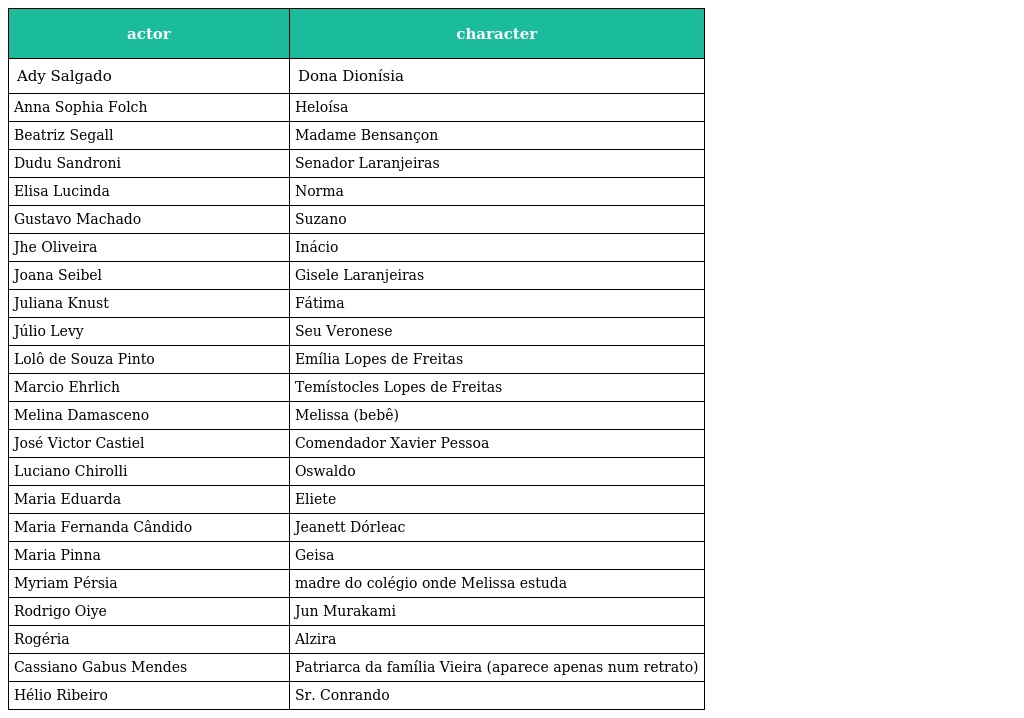
| actor | character |
 | --- | --- |
 | Ady Salgado | Dona Dionísia |
 | Anna Sophia Folch | Heloísa |
 | Beatriz Segall | Madame Bensançon |
 | Dudu Sandroni | Senador Laranjeiras |
 | Elisa Lucinda | Norma |
 | Gustavo Machado | Suzano |
 | Jhe Oliveira | Inácio |
 | Joana Seibel | Gisele Laranjeiras |
 | Juliana Knust | Fátima |
 | Júlio Levy | Seu Veronese |
 | Lolô de Souza Pinto | Emília Lopes de Freitas |
 | Marcio Ehrlich | Temístocles Lopes de Freitas |
 | Melina Damasceno | Melissa (bebê) |
 | José Victor Castiel | Comendador Xavier Pessoa |
 | Luciano Chirolli | Oswaldo |
 | Maria Eduarda | Eliete |
 | Maria Fernanda Cândido | Jeanett Dórleac |
 | Maria Pinna | Geisa |
 | Myriam Pérsia | madre do colégio onde Melissa estuda |
 | Rodrigo Oiye | Jun Murakami |
 | Rogéria | Alzira |
 | Cassiano Gabus Mendes | Patriarca da família Vieira (aparece apenas num retrato) |
 | Hélio Ribeiro | Sr. Conrando |